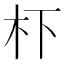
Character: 𭩙